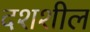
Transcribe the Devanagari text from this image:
दशशील